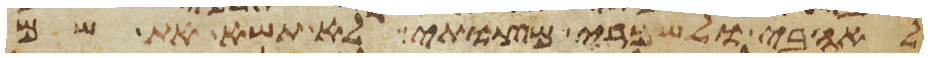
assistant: לאהבי ולשמרי מצותי לא תשא את שם